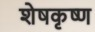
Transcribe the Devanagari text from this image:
शेषकृष्ण